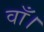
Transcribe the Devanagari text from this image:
वाँ।